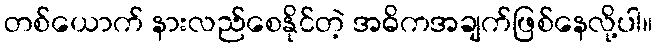
တစ်ယောက် နားလည်စေနိုင်တဲ့ အဓိကအချက်ဖြစ်နေလို့ပါ။